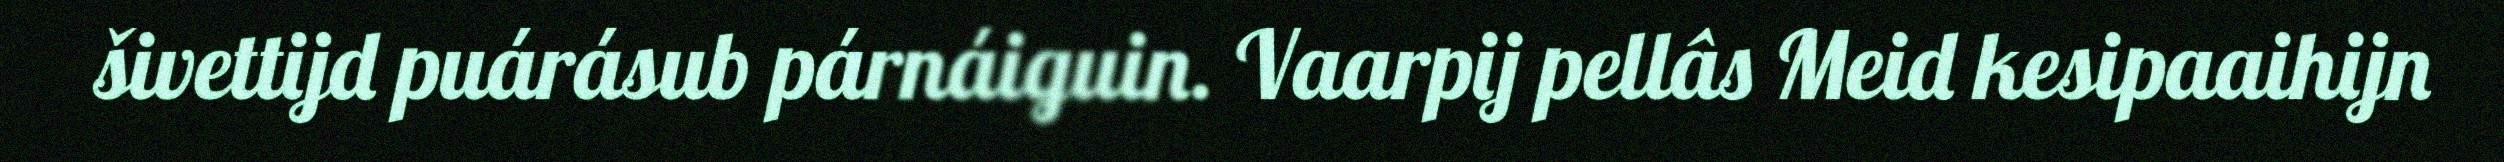
šivettijd puárásub párnáiguin. Vaarpij pellâs Meid kesipaaihijn